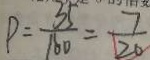
P = \frac { 3 5 } { 1 6 0 } = \frac { 7 } { 2 0 }